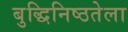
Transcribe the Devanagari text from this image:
बुद्धिनिष्ठतेला